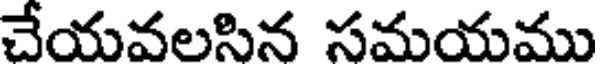
చేయవలసిన సమయము